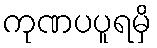
ကုဏပပူရမှိ